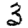
Digit: 3